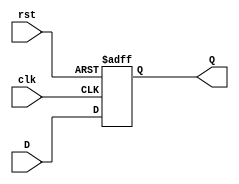
module StageRegister (
    input wire clk,      // Clock signal
    input wire rst,      // Asynchronous reset signal
    input wire [N-1:0] D, // Data input (N bits wide)
    output reg [N-1:0] Q  // Data output (N bits wide)
);
    parameter N = 8; // Default width of the register (can be changed as needed)

    // Always block triggered on the rising edge of the clock or the reset signal
    always @(posedge clk or posedge rst) begin
        if (rst) begin
            Q <= {N{1'b0}}; // Reset output Q to 0 (N bits)
        end else begin
            Q <= D; // Capture the input data D on the rising edge of clk
        end
    end
endmodule